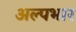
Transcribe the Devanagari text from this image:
अल्पभार